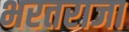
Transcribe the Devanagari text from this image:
भरतराजा